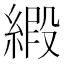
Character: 𫟁